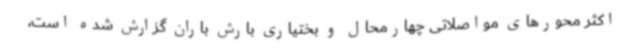
اکثر محورهای مواصلاتی چهارمحال و بختیاری بارش باران گزارش شده است،